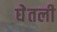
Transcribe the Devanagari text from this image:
घेेतली